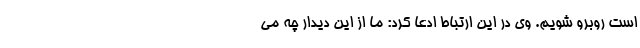
است روبرو شویم. وی در این ارتباط ادعا کرد: ما از این دیدار چه می‌